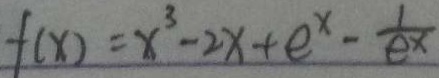
f ( x ) = x ^ { 3 } - 2 x + e ^ { x } - \frac { 1 } { e ^ { x } }